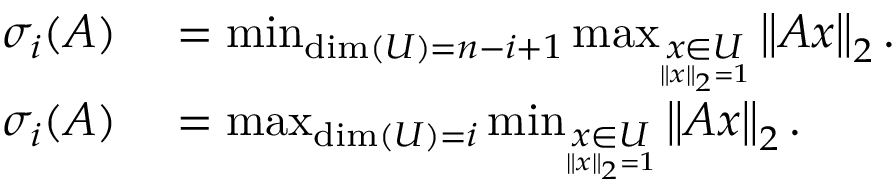
\begin{array} { r l } { \sigma _ { i } ( A ) } & { { } = \operatorname* { m i n } _ { \dim ( U ) = n - i + 1 } \operatorname* { m a x } _ { \underset { \| x \| _ { 2 } = 1 } { x \in U } } \left\| A x \right\| _ { 2 } . } \\ { \sigma _ { i } ( A ) } & { { } = \operatorname* { m a x } _ { \dim ( U ) = i } \operatorname* { m i n } _ { \underset { \| x \| _ { 2 } = 1 } { x \in U } } \left\| A x \right\| _ { 2 } . } \end{array}